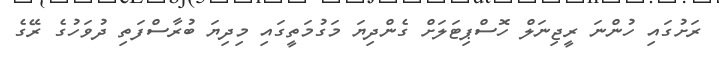
ރަށުގައި ހުންނަ ރީޖިނަލް ހޮސްޕިޓަލަށް ގެންދިޔަ މަގުމަތީގައި މިދިޔަ ބުރާސްފަތި ދުވަހުގެ ރޭގެ